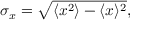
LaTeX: \sigma _ { x } = { \sqrt { \langle { x } ^ { 2 } \rangle - \langle { x } \rangle ^ { 2 } } } ,